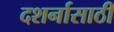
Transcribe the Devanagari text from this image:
दशर्नासाठी